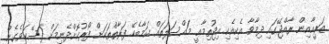
ޒަރީއާއިން ރާއްޖޭގައި ދިމާވާ އެކިއެކި އިޖުތިމާޢީ މައްސަލަތައް ކަމާބެހޭ ފަރާތްތަކަށް ފޯރުކޮށްދެނިމަށް ފަސޭހަވެގެން